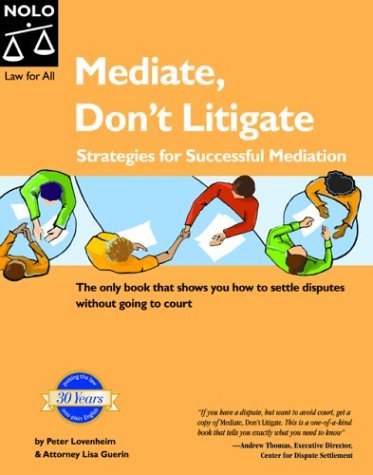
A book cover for Mediate, Dont Litigate: Strategies for Successful Mediation; Peter Lovenheim; Law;